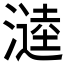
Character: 𭲗